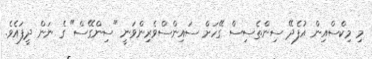
މި މިކްސްއިން އުފެދޭ ސިންތެސިސް ގޭހަށް ސައިންސްވެރިންވަނީ "ސިންގޭސް" ގެ ނަން ދީފައެވެ.